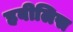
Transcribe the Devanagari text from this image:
हबीलिस